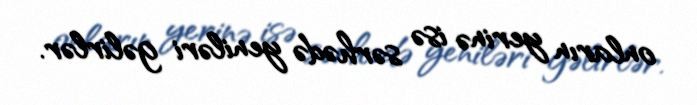
onların yerinə isə sərhədə yeniləri gəlirlər.